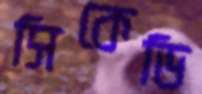
সিকেডি